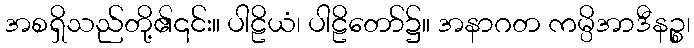
အစရှိသည်တို့၏၎င်း။ ပါဠိယံ၊ ပါဠိတော်၌။ အနာဂတ ကမ္ပိအာဒီနဉ္စ၊